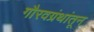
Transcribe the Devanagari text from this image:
गौरवग्रंथांतून